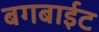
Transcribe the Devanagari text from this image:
बगबाईट